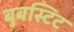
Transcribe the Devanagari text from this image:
बुबस्टिट